65_HS1-834228961_62-HQ-83894_Serial_130
Agency: FBI
Page 36
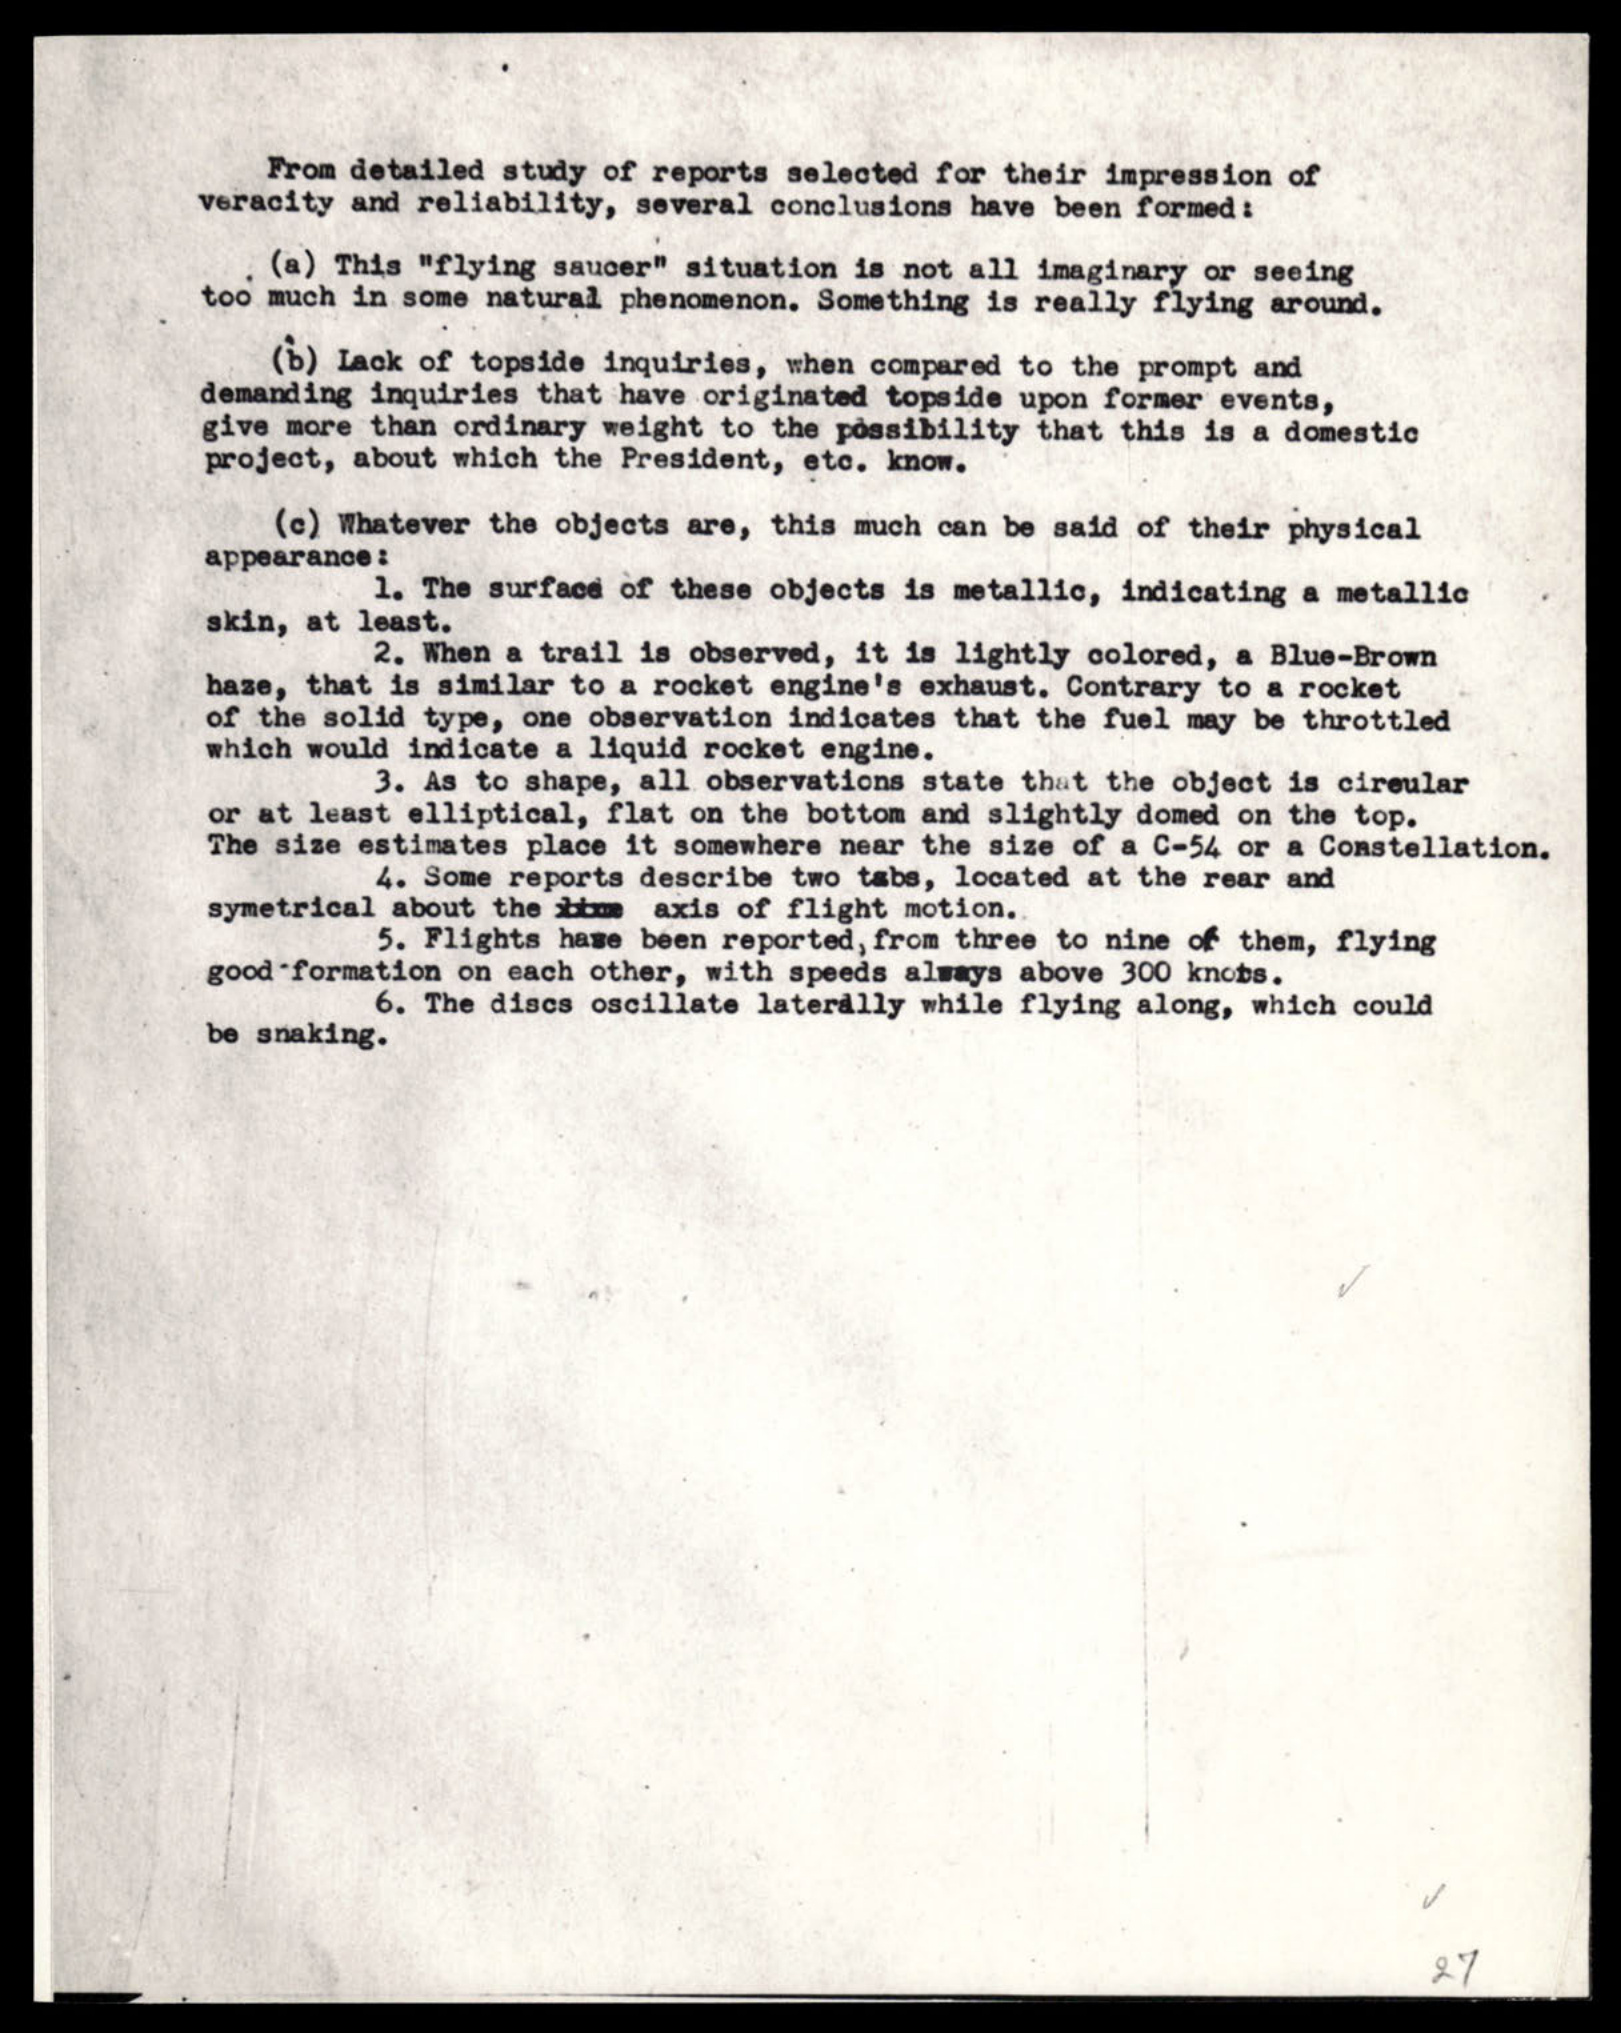